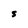
Character: S